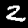
Digit: 2